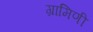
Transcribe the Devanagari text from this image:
ग्रामिणी